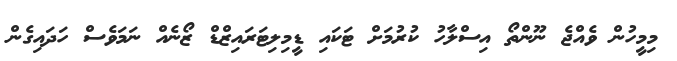
މިމީހުން ވެއްޖެ ނޫންތޯ އިސްލާހު ކުރުމަށް ޓަކައި ޑީމިލިޓަރައިޒްޑް ޒޯނެއް ނަމަވެސް ހަދައިގެން